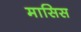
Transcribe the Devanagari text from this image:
मासिस